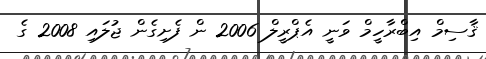
ޤާސިމް އިބްރާހީމް ވަނީ އެޕްރީލް 2006 ން ފެށިގެން ޖުލައި 2008 ގެ